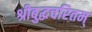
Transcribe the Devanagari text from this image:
श्रीबुद्धचरितम्